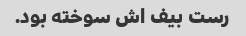
رست بیف اش سوخته بود.